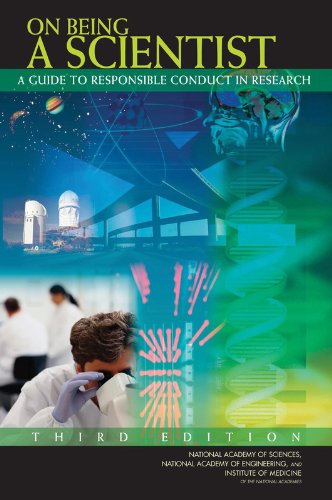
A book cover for On Being a Scientist:: A Guide to Responsible Conduct in Research: Third Edition; Policy and Global Affairs; Science & Math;